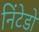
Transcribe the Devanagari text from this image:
निंटेडो